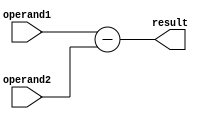
module subtractor (
    input wire [7:0] operand1,
    input wire [7:0] operand2,
    output reg [8:0] result
);

always @(*)
begin
    result = operand1 - operand2;
end

endmodule